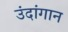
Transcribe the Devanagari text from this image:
उंदांगान